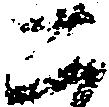
二